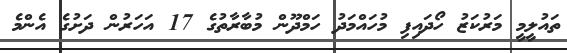
ތައުލީމީ މަރުކަޒު ހޯދައިފި މުހައްމަދު ހަމްދޫން މުބާރާތުގެ 17 އަހަރުން ދަށުގެ އެންމެ